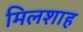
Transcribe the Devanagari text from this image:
मिलशाह